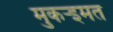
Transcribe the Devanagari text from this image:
मुकर्‍इमत